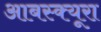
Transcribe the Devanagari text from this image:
आबस्क्यूरा